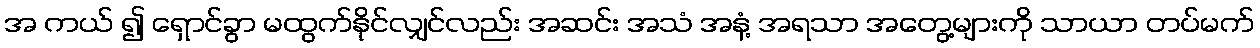
အ ကယ် ၍ ရှောင်ခွာ မထွက်နိုင်လျှင်လည်း အဆင်း အသံ အနံ့ အရသာ အတွေ့များကို သာယာ တပ်မက်